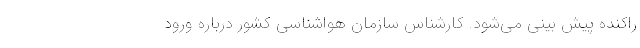
راکنده پیش بینی می‌شود. کارشناس سازمان هواشناسی کشور درباره ورود